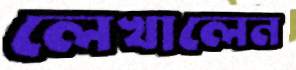
লেখালেন